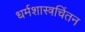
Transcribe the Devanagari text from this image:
धर्मशास्त्रचिंतन